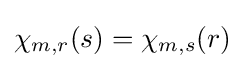
\chi _{m,r}(s)=\chi _{m,s}(r)